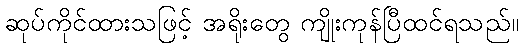
ဆုပ်ကိုင်ထားသဖြင့် အရိုးတွေ ကျိုးကုန်ပြီထင်ရသည်။